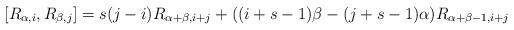
LaTeX: \begin{align*}[R_{\alpha,i},R_{\beta,j}]=s(j-i)R_{\alpha+\beta,i+j}+((i+s-1)\beta-(j+s-1)\alpha)R_{\alpha+\beta-1,i+j}\end{align*}